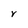
Character: V